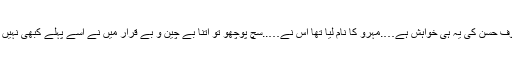
’’معروف حسن کی یہ ہی خواہش ہے….مہرو کا نام لیا تھا اس نے…..سچ پوچھو تو اتنا بے چین و بے قرار میں نے اسے پہلے کبھی نہیں دیکھا۔